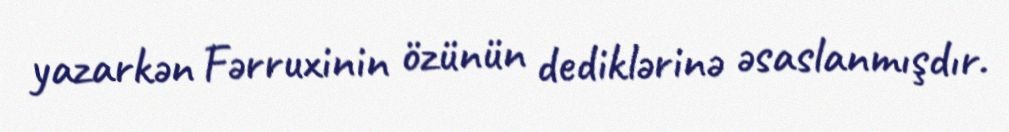
yazarkən Fərruxinin özünün dediklərinə əsaslanmışdır.